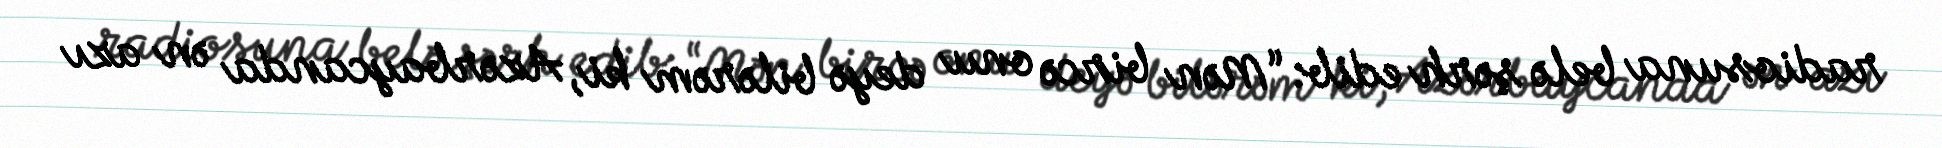
radiosuna belə şərh edib: “Mən bircə onu deyə bilərəm ki, Azərbaycanda ən azı